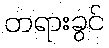
တရားခွင်